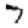
Digit: 7